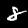
Digit: 8